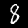
Label: 8